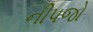
નીપજો